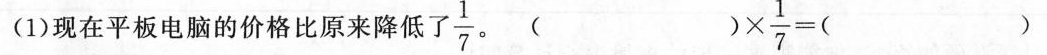
(1)现在平板电脑的价格比原来降低 \frac{1}{7}。 $$( ) \times \frac { 1 } { 7 } = ( )$$